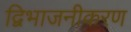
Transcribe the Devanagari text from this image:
द्विभाजनीकरण